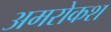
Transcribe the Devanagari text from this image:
अमरोकश